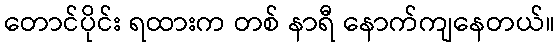
တောင်ပိုင်း ရထားက တစ် နာရီ နောက်ကျနေတယ်။